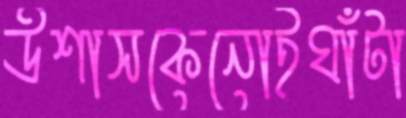
উশাসকেনোইঘাঁটা